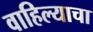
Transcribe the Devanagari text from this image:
वाहिल्याचा